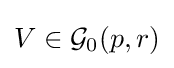
V\in {\mathcal {G}}_{0}(p,r)